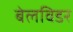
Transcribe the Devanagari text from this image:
बेलविडर